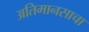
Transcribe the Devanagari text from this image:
अतिमानसाचा